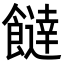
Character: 𩞱